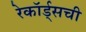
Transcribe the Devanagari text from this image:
रेकॉर्ड्सची